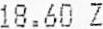
18.60 Z